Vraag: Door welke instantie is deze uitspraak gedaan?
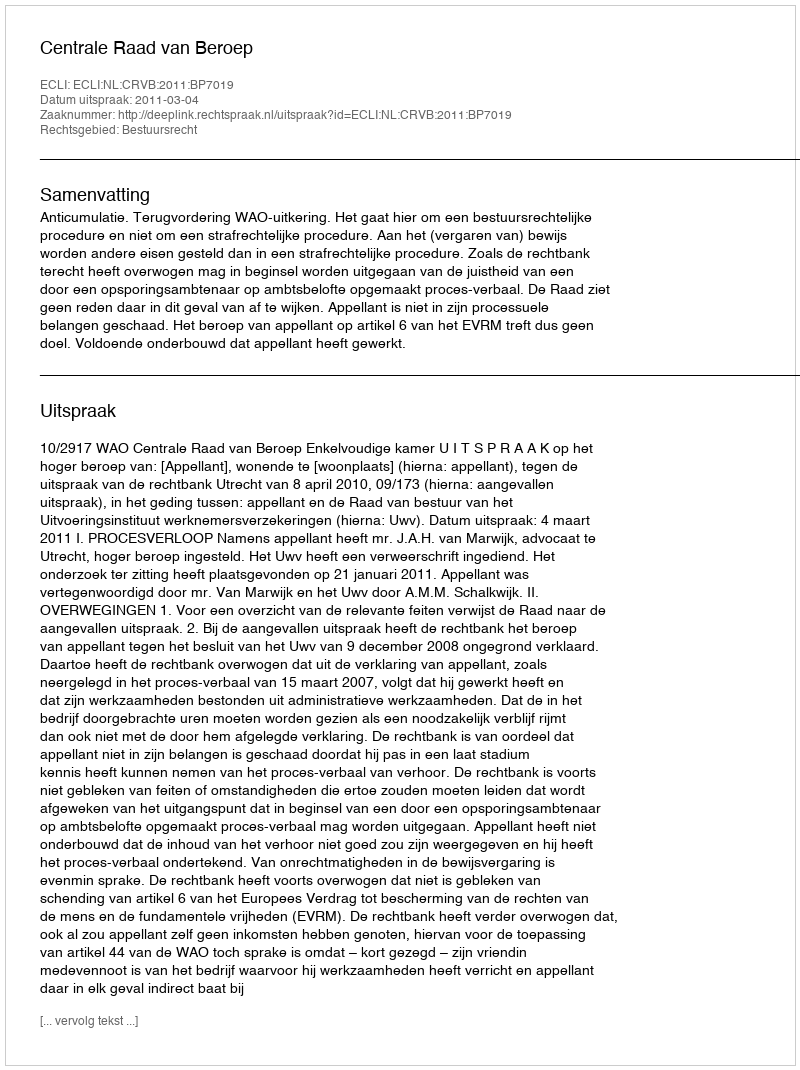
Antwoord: Centrale Raad van Beroep